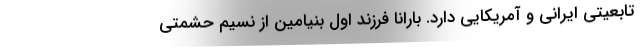
تابعیتی ایرانی و آمریکایی دارد. بارانا فرزند اول بنیامین از نسیم حشمتی